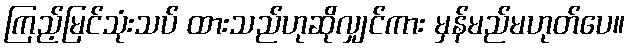
ကြည့်မြင်သုံးသပ် ထားသည်ဟုဆိုလျှင်ကား မှန်မည်မဟုတ်ပေ။